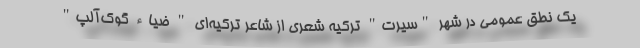
یک نطق عمومی در شهر "سیرت" ترکیه شعری از شاعر ترکیه‌ای " ضیاء گوک‌آلپ"